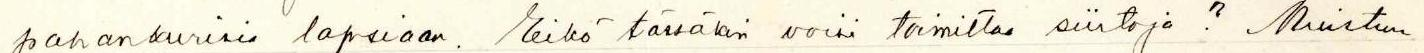
pahankurisia lapsiaan. Eikö tässäkin voisi toimittaa siirtoja? Muistuu